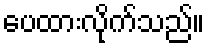
ပေထားလိုက်သည်။